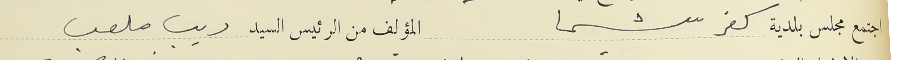
اجتمع مجلس بلدية كفر شيما المؤلف من الرئيس السيد ديب ملعب